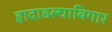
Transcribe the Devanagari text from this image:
हादाडल्याबिगार